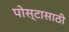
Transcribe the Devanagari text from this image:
पोस्टासाठी